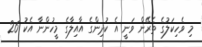
މި ވެހިކަލުގެ ތެރޭން ވަނީ އެ ކުދިންގެ އާއިލާގެ މީހުންނާ އެކު 26